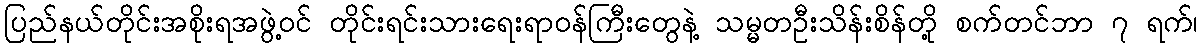
ပြည်နယ်တိုင်းအစိုးရအဖွဲ့ဝင် တိုင်းရင်းသားရေးရာဝန်ကြီးတွေနဲ့ သမ္မတဦးသိန်းစိန်တို့ စက်တင်ဘာ ၇ ရက်၊